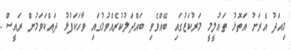
މިއަދު އެރަށު އަތޮޅު ތަޢުލީމީ މަރުކަޒުގައި ބޭއްވެވި ބައްދަލުކުރެއްވުމުގައި ވާހަކަފުޅު ދައްކަވަމުން ރައީސް